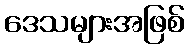
ဒေသများအဖြစ်